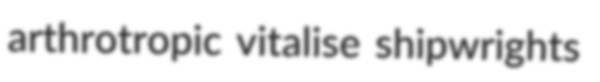
arthrotropic vitalise shipwrights